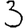
Digit: 3